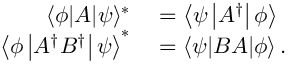
\begin{array} { r l } { \langle \phi | A | \psi \rangle ^ { * } } & { { } = \left\langle \psi \left| A ^ { \dagger } \right| \phi \right\rangle } \\ { \left\langle \phi \left| A ^ { \dagger } B ^ { \dagger } \right| \psi \right\rangle ^ { * } } & { { } = \langle \psi | B A | \phi \rangle \, . } \end{array}